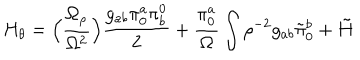
H _ { \theta } = \Bigl ( { \frac { \Omega _ { \rho } } { \Omega ^ { 2 } } } \Bigr ) { \frac { g _ { a b } \pi _ { 0 } ^ { a } \pi _ { b } ^ { 0 } } { 2 } } + { \frac { \pi _ { 0 } ^ { a } } { \Omega } } \int \rho ^ { - 2 } g _ { a b } \tilde { \pi } _ { 0 } ^ { b } + \tilde { H }